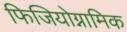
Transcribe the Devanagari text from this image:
फिजियोग्नामिक